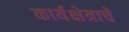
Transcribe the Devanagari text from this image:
कार्यक्षेत्राचे